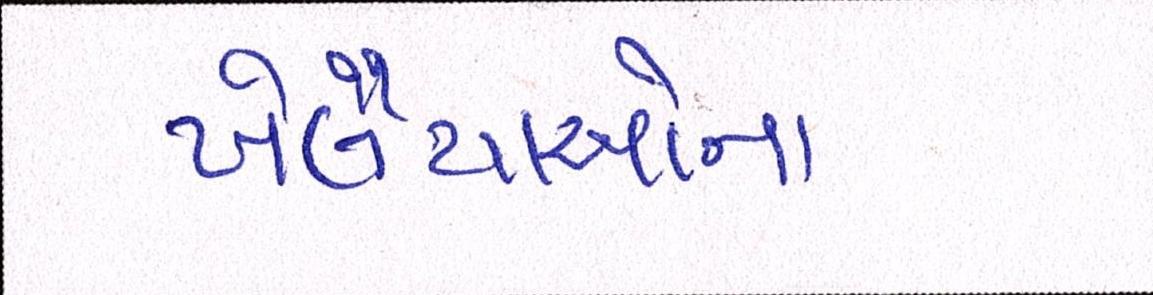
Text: ખેલૈયાઓના